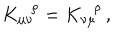
K _ { \mu \nu } ^ { \ \ \, \rho } = K _ { \nu \mu } ^ { \ \ \, \rho } \, ,